65_HS1-834228961_62-HQ-83894_Section_6
Agency: FBI
Page 73
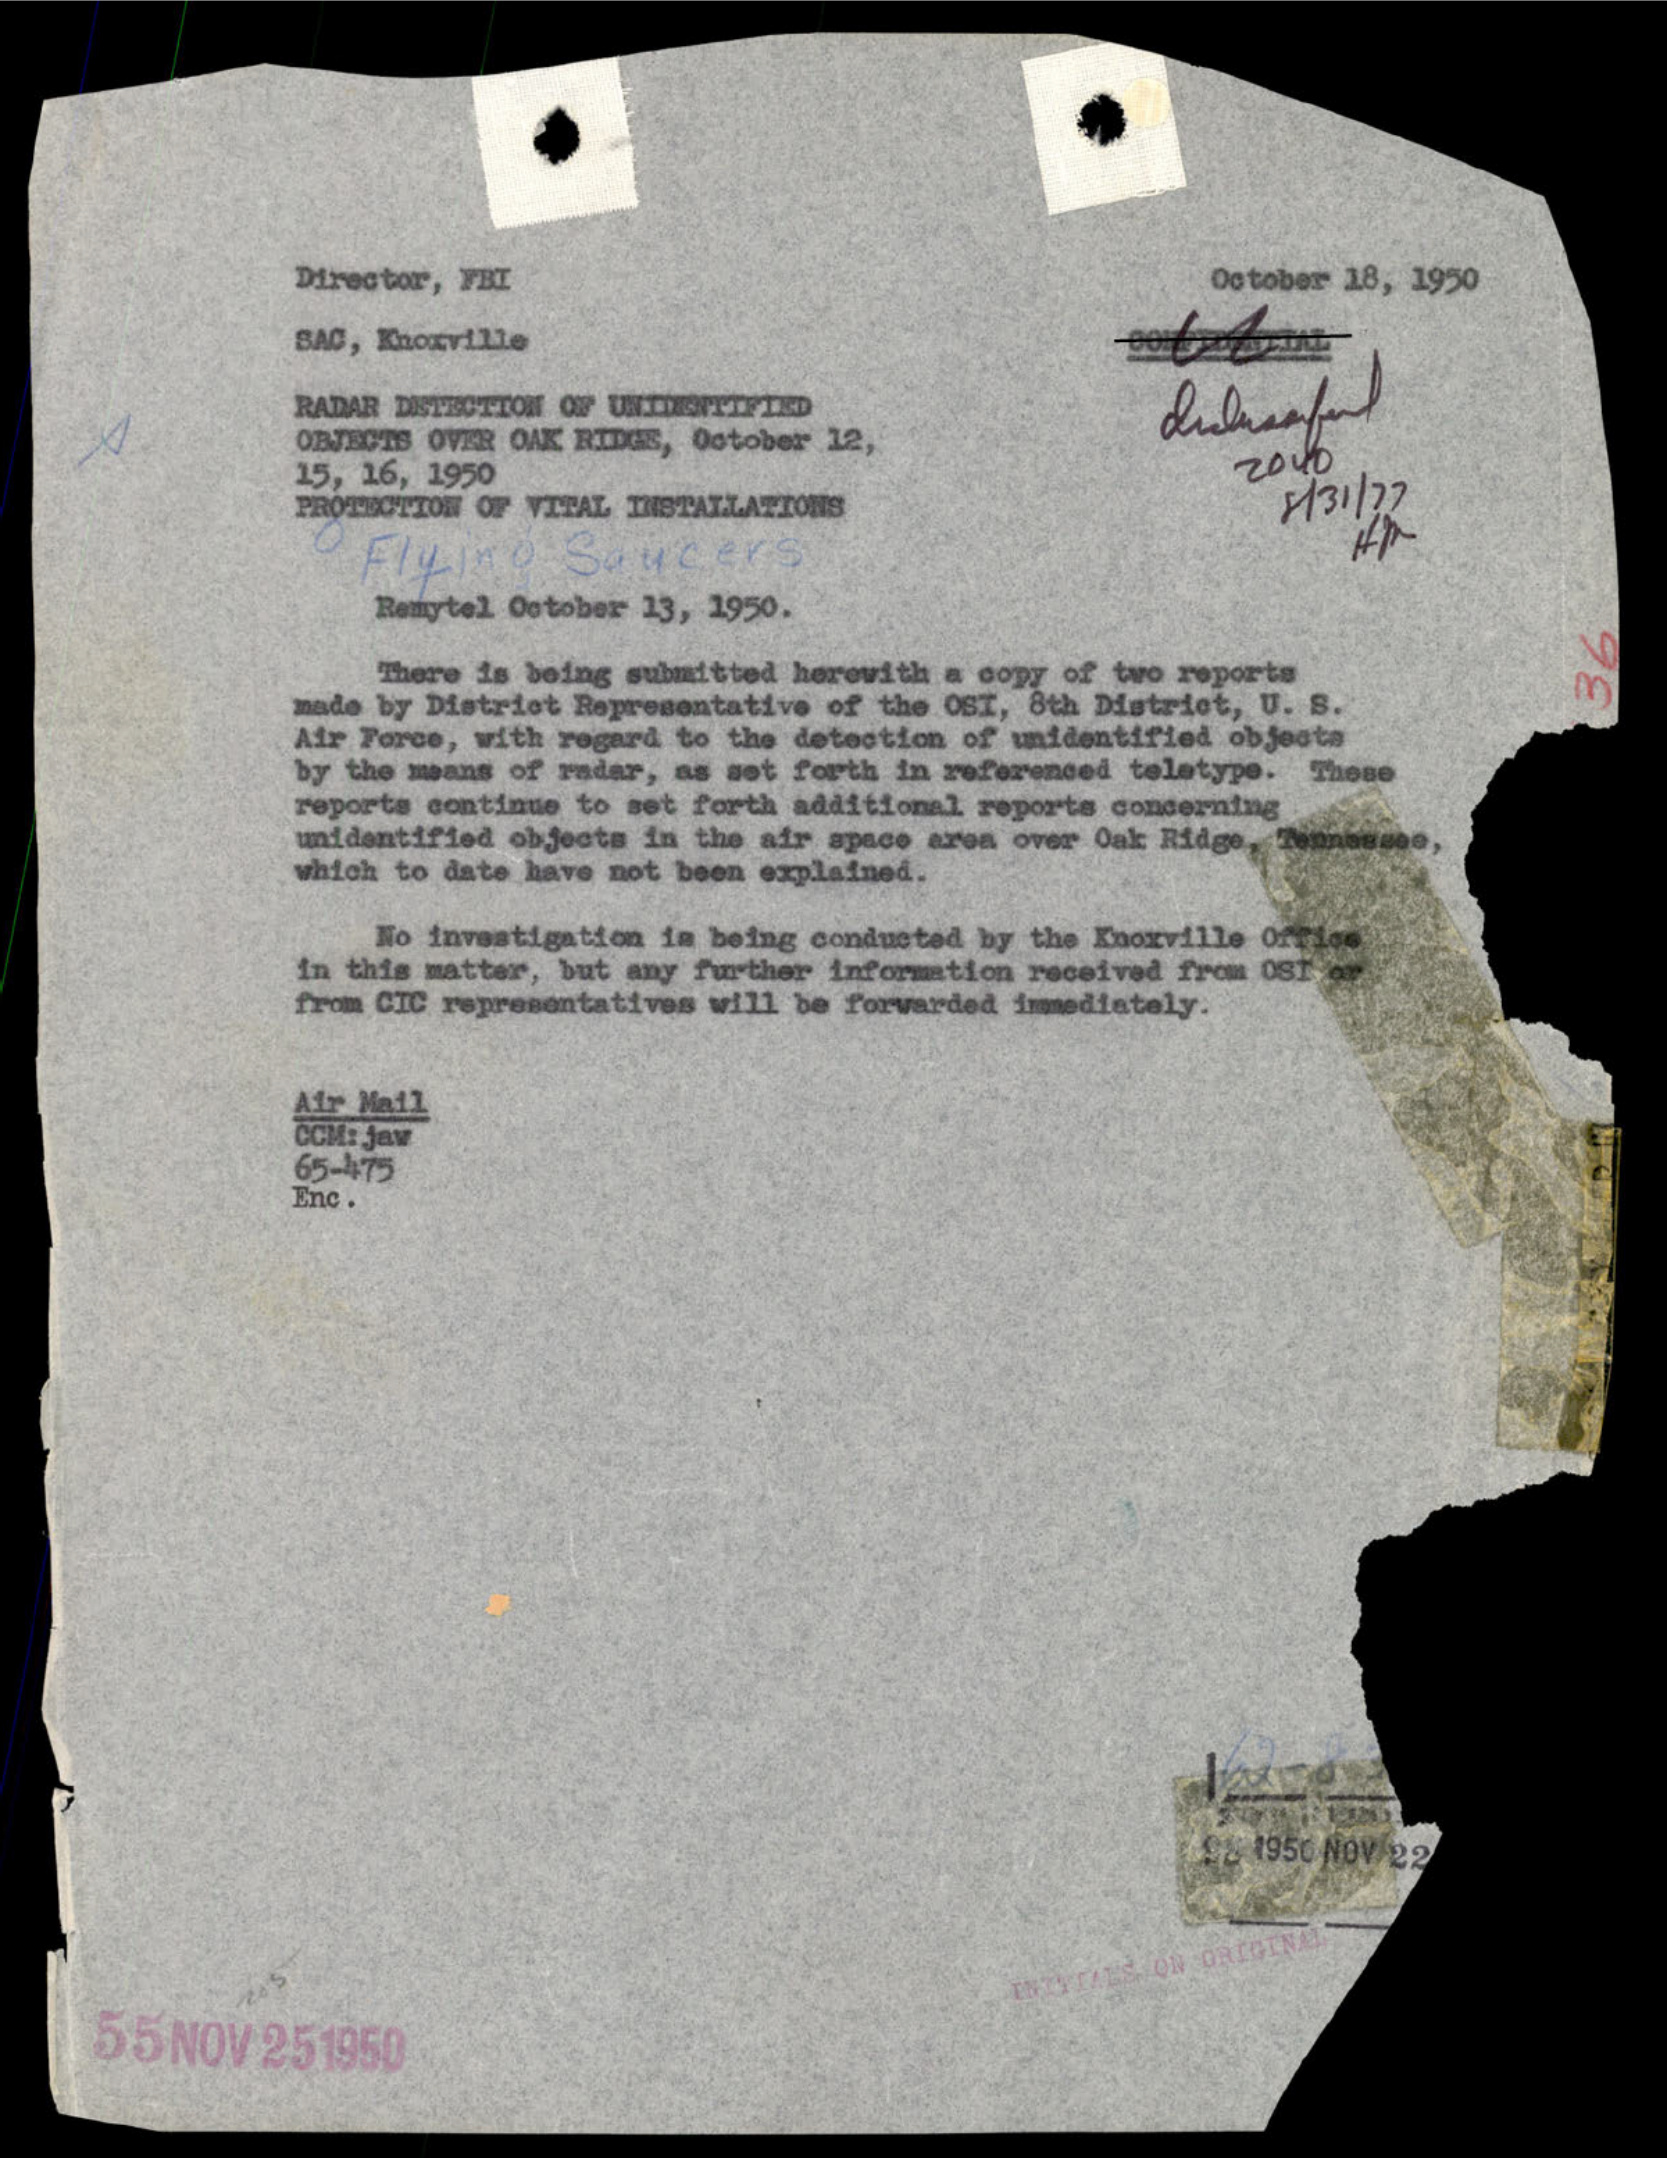